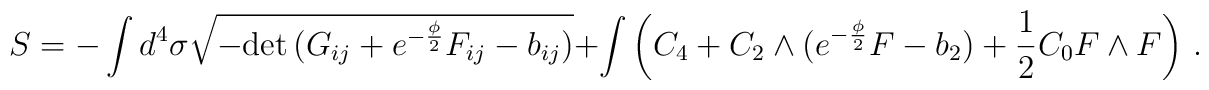
S = - \int d^4 \sigma  \sqrt{-{\rm det}\, (G_{ij}+e^{-\frac{\phi}{2}} F_{ij}-b_{ij})}+ \int \left(C_4+C_2\wedge (e^{-\frac{\phi}{2}} F-b_2) +\frac{1}{2} C_0 F\wedge F \right) \, .